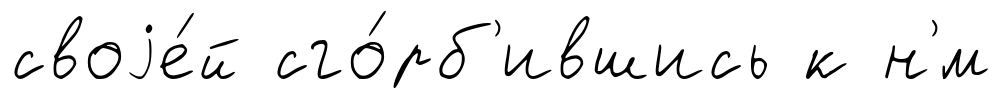
своjе́й сго́рб'ившись к н'́м